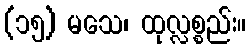
(၁၅) မသေ၊ ထုလ္လစ္စည်း။